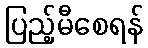
ပြည့်မီစေရန်